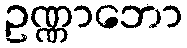
ဥဏ္ဏာဘော